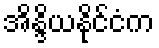
အိန္ဒိယနိုင်ငံက